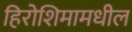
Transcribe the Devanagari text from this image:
हिरोशिमामधील